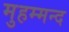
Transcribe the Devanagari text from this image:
मुहम्मन्द